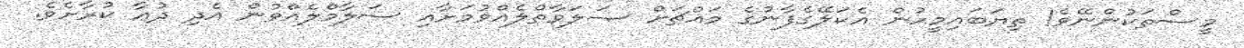
މީސްތަކުންނޭވެ! ތިޔަބައިމީހުން އެކަލޭގެފާނުގެ މައްޗަށް ޞަލަވާތްލެއްވުމަށާއި ސަލާމްލެއްވުން އެދި ދުޢާ ކުރާށެވެ.